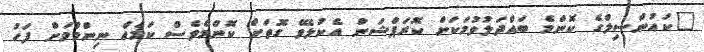
"ކައުންސިލްގެ ކޮންމެ ބައްދަލުވުމަކަށް ކޮރަޕްޝަން އެކުލެވޭ ގޮތަށް ކޮންމެވެސް ކަމެއް ނިންމުމަށް ފަހު